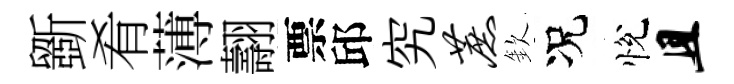
斵肴薄翿票邱究蔗欽况悅且